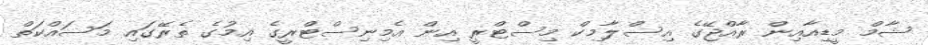
ޝާމް މީޑިއާއިން ރާއްޖޭގެ އިސްލާމިކް މިސްޓްރީ އިން އެމިނިސްޓްރީގެ އިމުގެ ތެރޭގައި މަސައްކަތް